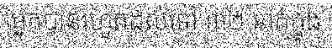
អ្នកបានរហូតដល់ទៅ ៣២ នាក់ក្នុង